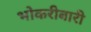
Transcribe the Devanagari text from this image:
भोकरीबारी